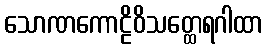
သောဏကောဠိဝိသတ္ထေရဂါထာ